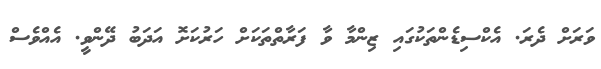
ވަރަށް ދެރަ. އެކްސިޑެންތަކުގައި ޒިންމާ ވާ ފަރާތްތަކަށް ހަރުކަށޮ އަދަބު ދޭންވީ. އެއްވެސް